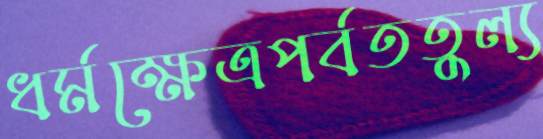
ধর্মক্ষেত্রপর্বততুল্য